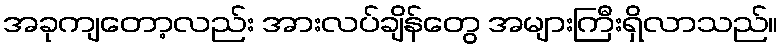
အခုကျတော့လည်း အားလပ်ချိန်တွေ အများကြီးရှိလာသည်။